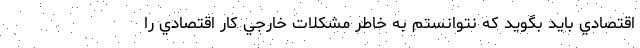
اقتصادي بايد بگويد كه نتوانستم به خاطر مشكلات خارجي كار اقتصادي را